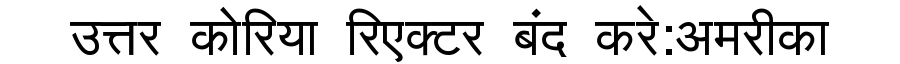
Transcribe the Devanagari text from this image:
उत्तर कोरिया रिएक्टर बंद करे:अमरीका